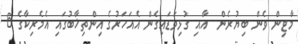
މާޓިން ވެން ބިޔުރެން  އާއި ގުޅިވަޑައިގެން އެއަހަރުގެ އިންތިޚާބުގައި އެމެރިކާގެ 6